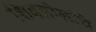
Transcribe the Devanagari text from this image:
शिवलीलांचे